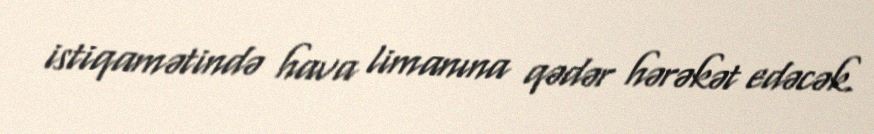
istiqamətində hava limanına qədər hərəkət edəcək.